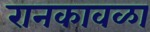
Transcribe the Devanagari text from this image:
रानकावळा